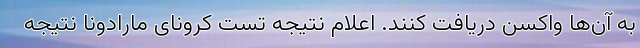
به آن‌ها واکسن دریافت کنند. اعلام نتیجه تست کرونای مارادونا نتیجه